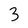
Character: 3